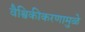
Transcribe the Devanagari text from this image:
वैश्विकीकरणामुळे